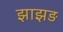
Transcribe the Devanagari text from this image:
झाझड़